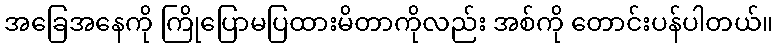
အခြေအနေကို ကြိုပြောမပြထားမိတာကိုလည်း အစ်ကို တောင်းပန်ပါတယ်။